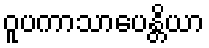
ဝူပကာသာပေန္တိယာ